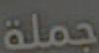
حملة